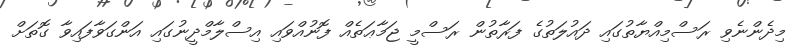
މިދެންނެވި ރަސްމިއްޔާތުގައި ދައުލަތުގެ ފަރާތުން ރަސްމީ ޖަމާޢަތެއް ފޮނުއްވައި އިސްލާމްދީނުގައި އަންގަވާފައިވާ ގޮތަށް